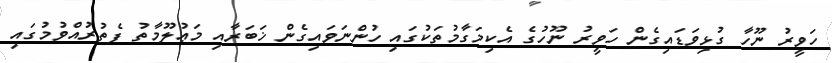
ހަވީރު ނޫހާ ގުޅިވަޑައިގެން ހަވީރު ނޫހުގެ އެކިމަގާމުތަކުގައި ހުންނަވައިގެން ޚަބަރާއި މަޢުލޫމާތު ފެތުރުއްވުމުގައި